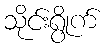
သိုင်းရွိုက်